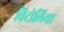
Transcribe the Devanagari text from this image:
विटोलिया